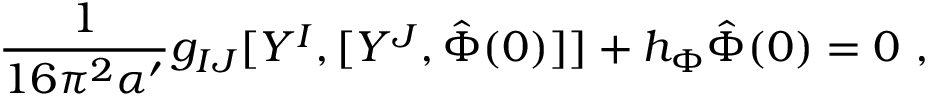
\frac { 1 } { 1 6 \pi ^ { 2 } \alpha ^ { \prime } } g _ { I J } [ Y ^ { I } , [ Y ^ { J } , \hat { \Phi } ( 0 ) ] ] + h _ { \Phi } \hat { \Phi } ( 0 ) = 0 \ ,